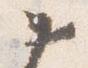
如